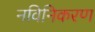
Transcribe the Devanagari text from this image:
नविनिकरण